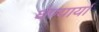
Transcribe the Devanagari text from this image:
घेण्यार्या